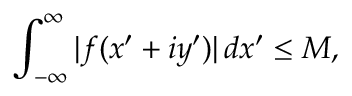
\int _ { - \infty } ^ { \infty } | f ( x ^ { \prime } + i y ^ { \prime } ) | \, d x ^ { \prime } \leq M ,